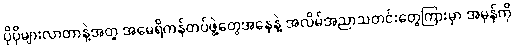
ပိုပိုများလာတာနဲ့အတူ အမေရိကန်တပ်ဖွဲ့တွေအနေနဲ့ အလိမ်အညာသတင်းတွေကြားမှာ အမှန်ကို